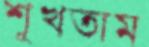
শুখতাম